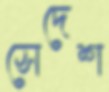
সেদেশ